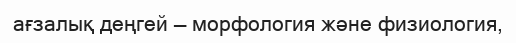
ағзалық деңгей — морфология және физиология,